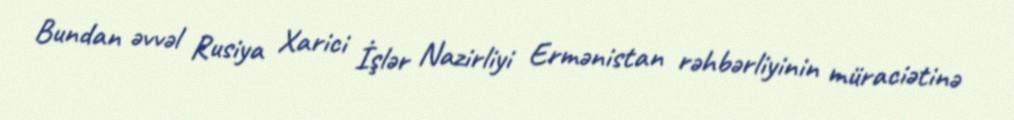
Bundan əvvəl Rusiya Xarici İşlər Nazirliyi Ermənistan rəhbərliyinin müraciətinə